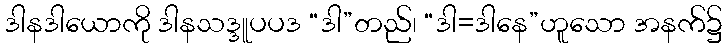
ဒါနဒါယောကို ဒါနသဒ္ဒူပပဒ “ဒါ”တည်၊ “ဒါ=ဒါနေ”ဟူသော အနက်၌